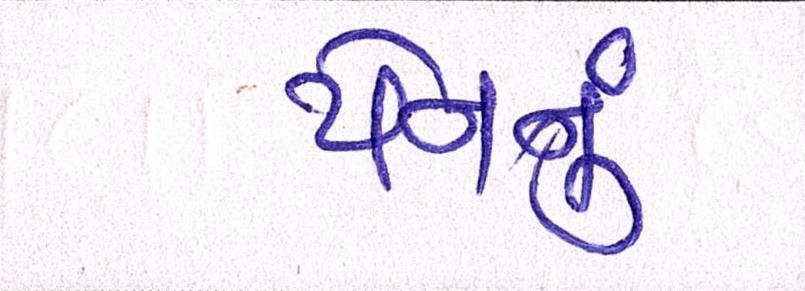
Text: યેનનું